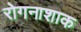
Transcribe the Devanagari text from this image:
रोगनाशाक